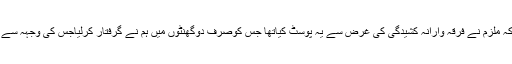
انہوں نے مزیدکہاکہ ملزم نے فرقہ وارانہ کشیدگی کی غرض سے یہ پوسٹ کیاتھا جس کوصرف دوگھنٹوں میں ہم نے گرفتار کرلیاجس کی وجہہ سے کچھ بھی نہیں ہوا۔